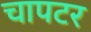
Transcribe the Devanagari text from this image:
चापटर